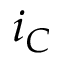
i _ { C }